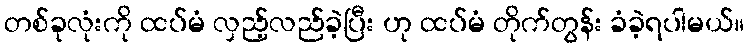
တစ်ခုလုံးကို ထပ်မံ လှည့်လည်ခဲ့ပြီး ဟု ထပ်မံ တိုက်တွန်း ခံခဲ့ရပါမယ်။